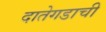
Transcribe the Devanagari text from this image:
दातेगडाची